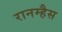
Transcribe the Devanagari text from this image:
रानम्हैस